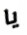
يا